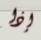
إذا